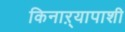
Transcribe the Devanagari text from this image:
किनाऱ्यापाशी